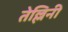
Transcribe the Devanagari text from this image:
तेल्लिनी